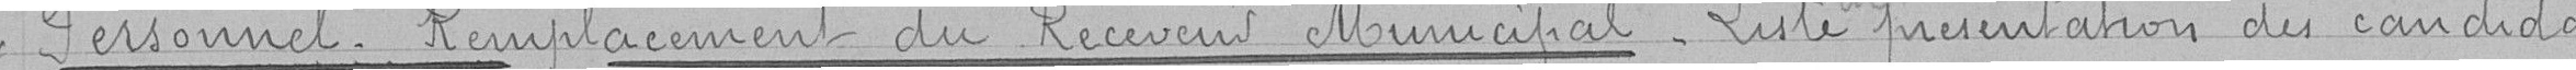
Personnel. Remplacement du Receveur Municipal_ Liste présentation du candidat